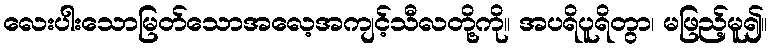
လေးပါးသောမြတ်သောအလေ့အကျင့်သီလတို့ကို။ အပရိပူရိတွာ၊ မဖြည့်မူ၍။